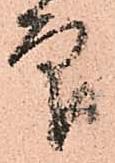
印